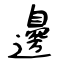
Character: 邊